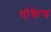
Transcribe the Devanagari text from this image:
धोकेच